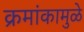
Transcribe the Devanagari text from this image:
क्रमांकामुळे